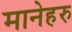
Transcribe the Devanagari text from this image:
मानेहरु